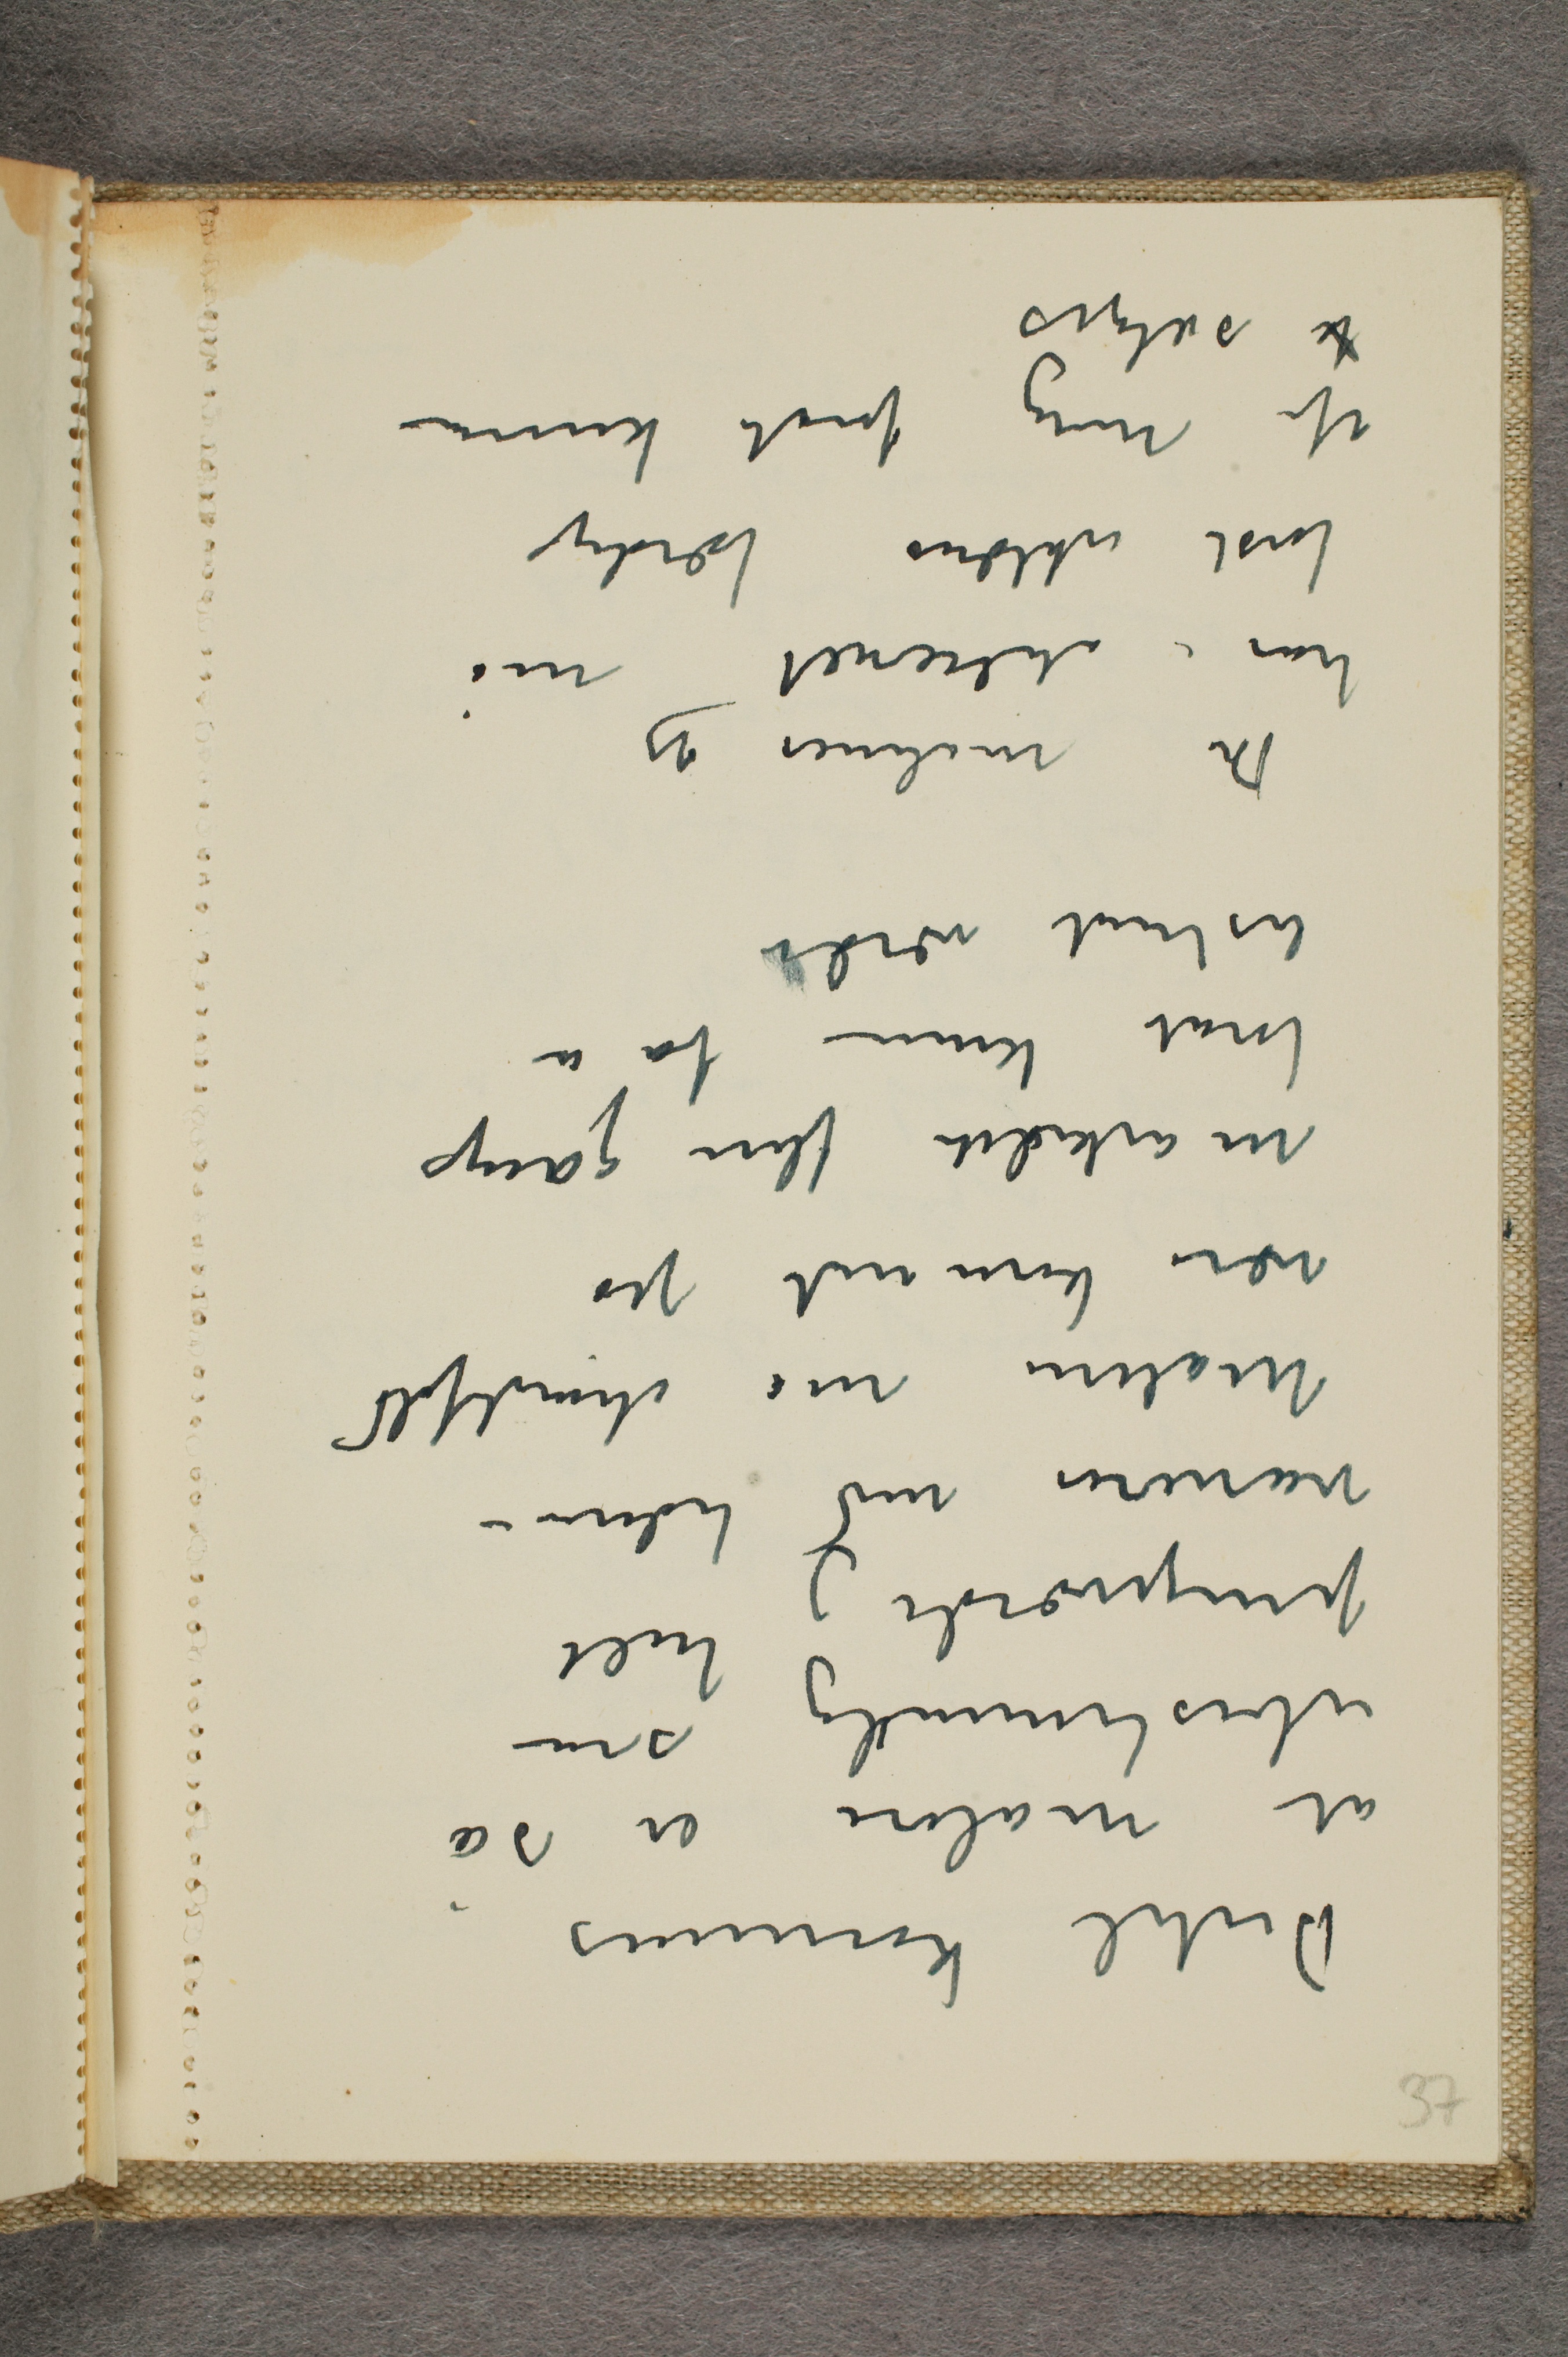
Dertil kommer
at maleri er så
ubestemmelig som
pengeværdi og helt
varierer med tiden –
Malerie må ihvertfald
være kommet på
markedet flere gange
forat kunne få en
bestemt værdi
De malerier jeg
har i atelieret må
først erklæres færdige
af mig forat kunne
f sælges